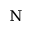
\Nu